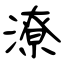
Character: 潦